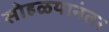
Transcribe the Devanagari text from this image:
सोहळयानंतर